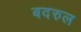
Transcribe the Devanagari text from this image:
बदरुल